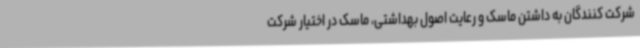
شرکت کنندگان به داشتن ماسک و رعایت اصول بهداشتی، ماسک در اختیار شرکت